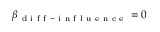
\beta _ { \mathrm { ~ d ~ i ~ f ~ f ~ - ~ i ~ n ~ f ~ l ~ u ~ e ~ n ~ c ~ e ~ } } = 0